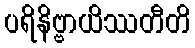
ပရိနိဗ္ဗာယိဿတီတိ